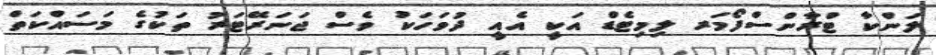
ލަންކާ ޓްރާންސްފޯމަރ ލިމިޓެޑް އަކީ އެއީ ދުވަހަކު ވެސް ޖަނަރޭޓަރު ތަކުގެ މަސައްކަތް